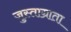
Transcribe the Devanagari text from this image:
जुस्ताग्राता